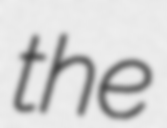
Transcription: the